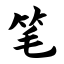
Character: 笔